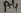
Text: A4